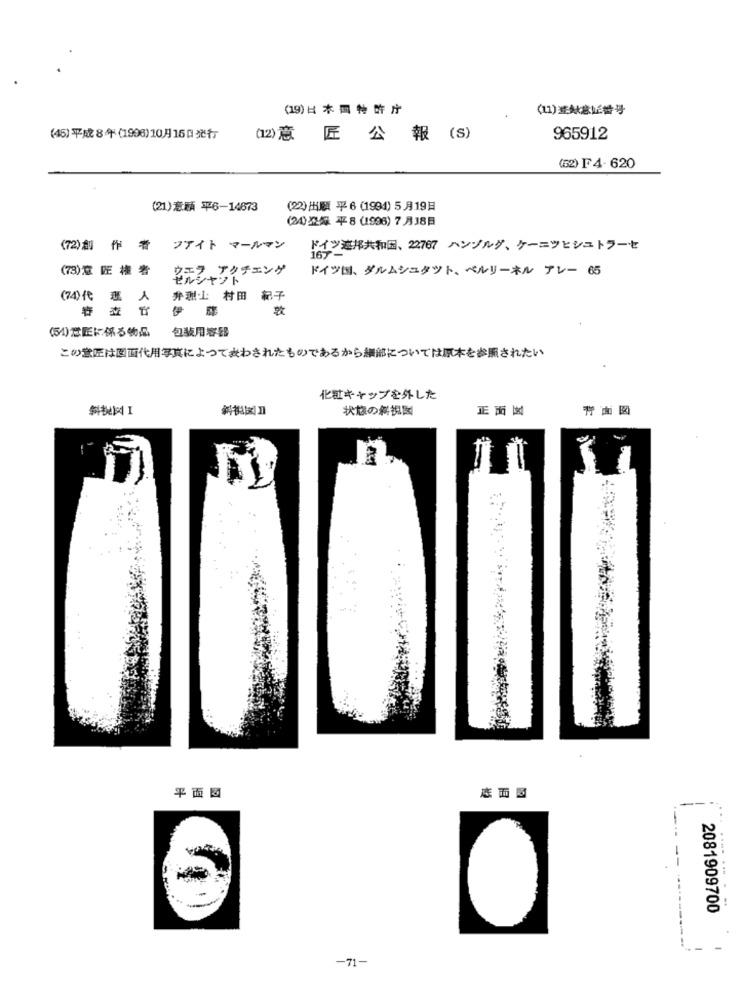
(19)日本国特許庁
(11)壹林意匠番号
(45)平成8年(1996)10月15日発行
(12)意 匠 公 報 (s)
965912
(52) F 4-620
(21)意願 平6-14673
(22)出願 平6(1994) 5月19日
(24)登録 平8 (1996) 7 月18日
(72)創 作 者
ファイト マールマン
ドイツ連邦共和国、22767 ハンゾルグ、ケーニツヒシュトラーセ
(73)意匠 権者
ウェフ アクチェング
ドイツ国、ダルムシュタツト、ベルリーネル アレー 65
(74)代 理 人
弁謝上 村田 紀子
敦
(54)意匠に係る物品
包装用容器
この意匠は図面代用写真によつて表わされたものであるから細部については原本を参照されたい
化粧キャップを外した
斜视网Ⅰ
状態の斜視図
正面试
背面図
平面図
感面國
2081909700
C
-71-